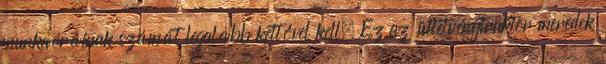
munkaóráinak számát legalább kettővel kell. Ez az ültetvénytraktor meredek